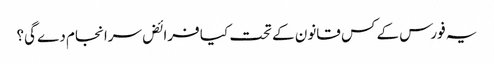
یہ فورس کے کس قانون کے تحت کیا فرائض سرانجام دے گی؟